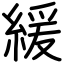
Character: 緩